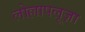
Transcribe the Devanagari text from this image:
लोल्लापलूज़ा